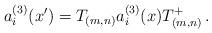
LaTeX: \begin{align*}a_i^{(3)}(x{'}) = T_{(m,n)} a_i^{(3)} (x) T^+_{(m,n)}\,.\end{align*}